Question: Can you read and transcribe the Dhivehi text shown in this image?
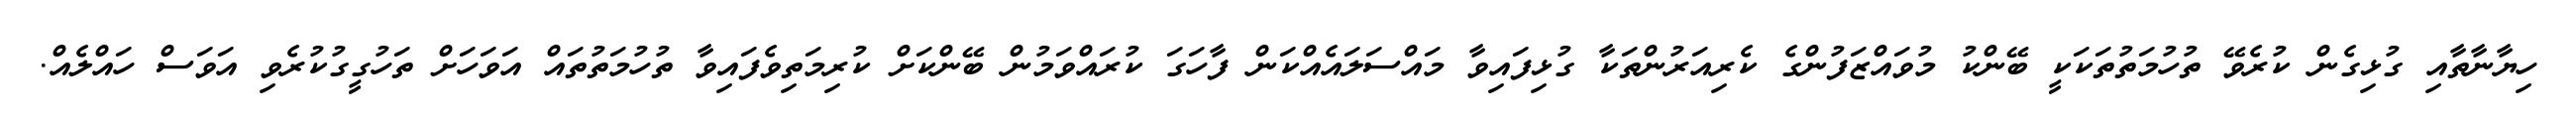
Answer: ހިޔާނާތާއި ގުޅިގެން ކުރެވޭ ތުހުމަތުތަކަކީ ބޭންކު މުވައްޒަފުންގެ ކެރިއަރުންތަކާ ގުޅިފައިވާ މައްސަލައެއްކަން ފާހަގަ ކުރައްވަމުން ބޭންކަށް ކުރިމަތިވެފައިވާ ތުހުމަތުތައް އަވަހަށް ތަހުގީގުކުރެވި އަވަސް ހައްލެއް.